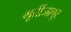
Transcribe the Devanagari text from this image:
मूर्तीजापूर